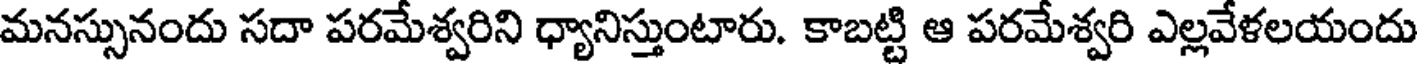
మనస్సునందు సదా పరమేశ్వరిని ధ్యానిస్తుంటారు. కాబట్టి ఆ పరమేశ్వరి ఎల్లవేళలయందు